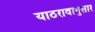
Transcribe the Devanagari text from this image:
याठरावानुसार